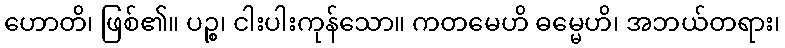
ဟောတိ၊ ဖြစ်၏။ ပဉ္စ၊ ငါးပါးကုန်သော။ ကတမေဟိ ဓမ္မေဟိ၊ အဘယ်တရား၊